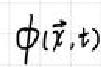
\(\phi(\vec{r},t)\)